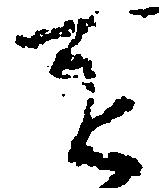
を